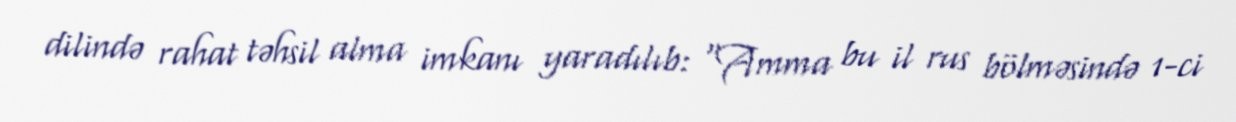
dilində rahat təhsil alma imkanı yaradılıb: “Amma bu il rus bölməsində 1-ci